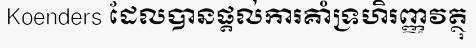
Koenders ដែលបានផ្តល់ការគាំទ្រហិរញ្ញវត្ថុ